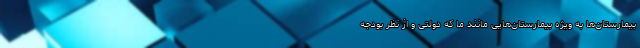
بیمارستان‌ها به ویژه بیمارستان‌‌هایی مانند ما که دولتی و از نظر بودجه